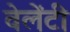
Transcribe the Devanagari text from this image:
वेलेंटी